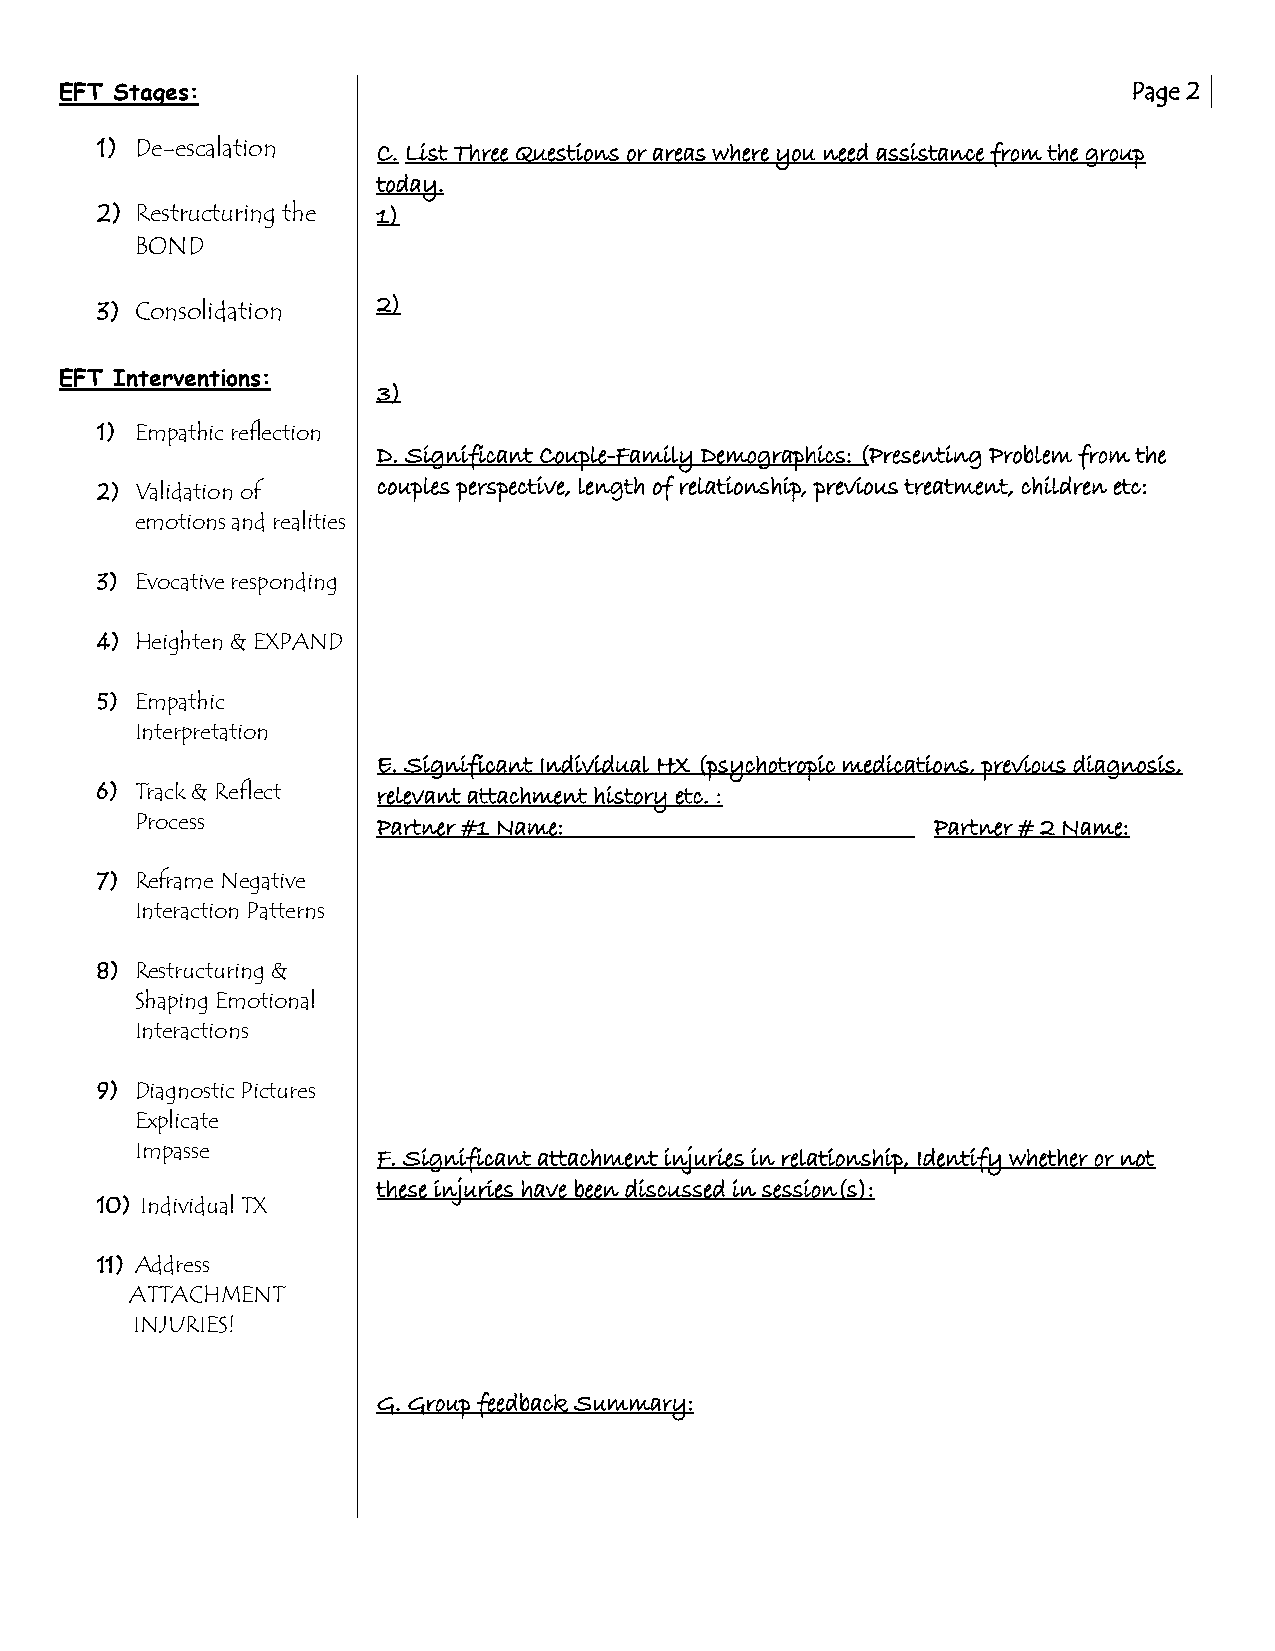
EFT Stages:                                                            Page 2
 1) De-escalation   C. List Three Questions or areas where you need assistance from the group
 today.
 2) Restructuring the 1)
 BOND
 2)
 3) Consolidation
 EFT Interventions:
 3)
 1) Empathic reflection
 D. Significant Couple-Family Demographics: (Presenting Problem from the
 2) Validation of
 couples perspective, length of relationship, previous treatment, children etc:
 emotions and realities
 3) Evocative responding
 4) Heighten & EXPAND
 5) Empathic
 Interpretation
 E. Significant Individual HX (psychotropic medications, previous diagnosis,
 6) Track & Reflect relevant attachment history etc. :
 Process         Partner #1 Name:                     Partner # 2 Name:
 7) Reframe Negative
 Interaction Patterns
 8) Restructuring &
 Shaping Emotional
 Interactions
 9) Diagnostic Pictures
 Explicate
 Impasse         F. Significant attachment injuries in relationship, Identify whether or not
 these injuries have been discussed in session(s):
 10) Individual TX
 11) Address
 ATTACHMENT
 INJURIES!
 G. Group feedback Summary: